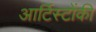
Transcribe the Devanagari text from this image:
आर्टिस्टोंकी